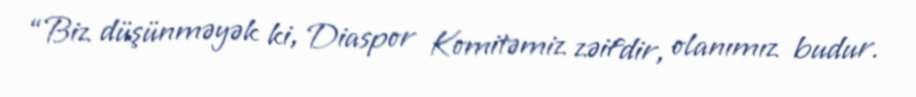
“Biz düşünməyək ki, Diaspor Komitəmiz zəifdir, olanımız budur.